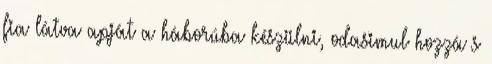
fia látva apját a háborúba készülni, odasimul hozzá s